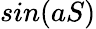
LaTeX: sin(aS)